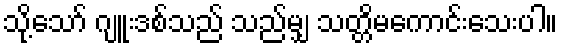
သို့သော် ဂျူးဒစ်သည် သည်မျှ သတ္တိမကောင်းသေးပါ။